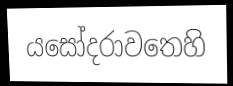
යසෝදරාවතෙහි